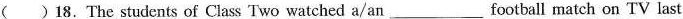
()18.The students of Class Two watched a/anwc___football match on TV last